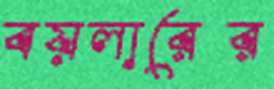
বয়লারের